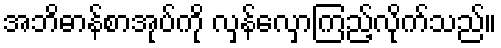
အဘိဓာန်စာအုပ်ကို လှန်လှောကြည့်လိုက်သည်။